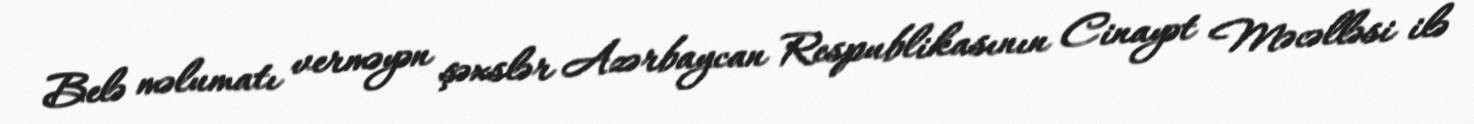
Belə məlumatı verməyən şəxslər Azərbaycan Respublikasının Cinayət Məcəlləsi ilə